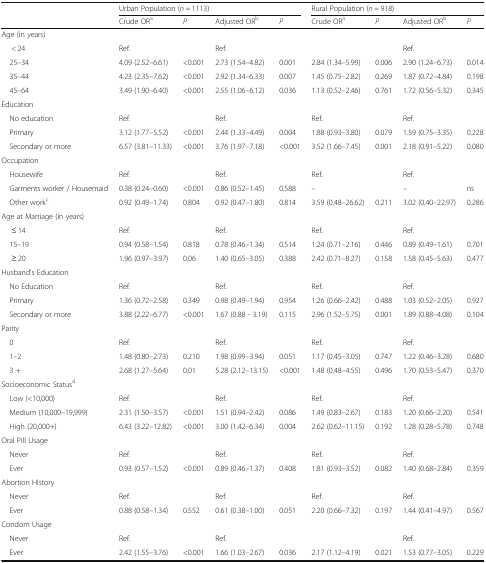
<table><thead><tr><td></td><td colspan="4"><b>Urban Population (<i>n</i> = 1113)</b></td><td colspan="4"><b>Rural Population (<i>n</i> = 918)</b></td></tr><tr><td></td><td><b>Crude OR<sup>a</sup></b></td><td><b><i>P</i></b></td><td><b>Adjusted OR<sup>b</sup></b></td><td><b><i>P</i></b></td><td><b>Crude OR<sup>a</sup></b></td><td><b><i>P</i></b></td><td><b>Adjusted OR<sup>b</sup></b></td><td><b><i>P</i></b></td></tr></thead><tbody><tr><td>Age (in years)</td><td></td><td></td><td></td><td></td><td></td><td></td><td></td><td></td></tr><tr><td>ᅟ &lt; 24</td><td>Ref.</td><td></td><td>Ref.</td><td></td><td></td><td></td><td>Ref.</td><td></td></tr><tr><td>ᅟ25–34</td><td>4.09 (2.52–6.61)</td><td>&lt;0.001</td><td>2.73 (1.54–4.82)</td><td>0.001</td><td>2.84 (1.34–5.99)</td><td>0.006</td><td>2.90 (1.24–6.73)</td><td>0.014</td></tr><tr><td>ᅟ35–44</td><td>4.23 (2.35–7.62)</td><td>&lt;0.001</td><td>2.92 (1.34–6.33)</td><td>0.007</td><td>1.45 (0.75–2.82)</td><td>0.269</td><td>1.87 (0.72–4.84)</td><td>0.198</td></tr><tr><td>ᅟ45–64</td><td>3.49 (1.90–6.40)</td><td>&lt;0.001</td><td>2.55 (1.06–6.12)</td><td>0.036</td><td>1.13 (0.52–2.46)</td><td>0.761</td><td>1.72 (0.56–5.32)</td><td>0.345</td></tr><tr><td>Education</td><td></td><td></td><td></td><td></td><td></td><td></td><td></td><td></td></tr><tr><td>ᅟNo education</td><td>Ref.</td><td></td><td>Ref.</td><td></td><td>Ref.</td><td></td><td>Ref.</td><td></td></tr><tr><td>ᅟPrimary</td><td>3.12 (1.77–5.52)</td><td>&lt;0.001</td><td>2.44 (1.33–4.49)</td><td>0.004</td><td>1.88 (0.93–3.80)</td><td>0.079</td><td>1.59 (0.75–3.35)</td><td>0.228</td></tr><tr><td>ᅟSecondary or more</td><td>6.57 (3.81–11.33)</td><td>&lt;0.001</td><td>3.76 (1.97–7.18)</td><td>&lt;0.001</td><td>3.52 (1.66–7.45)</td><td>0.001</td><td>2.18 (0.91–5.22)</td><td>0.080</td></tr><tr><td>Occupation</td><td></td><td></td><td></td><td></td><td></td><td></td><td></td><td></td></tr><tr><td>ᅟHousewife</td><td>Ref.</td><td></td><td>Ref.</td><td></td><td>Ref.</td><td></td><td>Ref.</td><td></td></tr><tr><td>ᅟGarments worker / Housemaid</td><td>0.38 (0.24–0.60)</td><td>&lt;0.001</td><td>0.86 (0.52–1.45)</td><td>0.588</td><td>–</td><td></td><td>–</td><td>ns</td></tr><tr><td>ᅟOther work<sup>c</sup></td><td>0.92 (0.49–1.74)</td><td>0.804</td><td>0.92 (0.47–1.80)</td><td>0.814</td><td>3.59 (0.48–26.62)</td><td>0.211</td><td>3.02 (0.40–22.97)</td><td>0.286</td></tr><tr><td>Age at Marriage (in years)</td><td></td><td></td><td></td><td></td><td></td><td></td><td></td><td></td></tr><tr><td>ᅟ ≤ 14</td><td>Ref.</td><td></td><td>Ref.</td><td></td><td>Ref.</td><td></td><td>Ref.</td><td></td></tr><tr><td>ᅟ15–19</td><td>0.94 (0.58–1.54)</td><td>0.818</td><td>0.78 (0.46–1.34)</td><td>0.514</td><td>1.24 (0.71–2.16)</td><td>0.446</td><td>0.89 (0.49–1.61)</td><td>0.701</td></tr><tr><td>ᅟ ≥ 20</td><td>1.96 (0.97–3.97)</td><td>0.06</td><td>1.40 (0.65–3.05)</td><td>0.388</td><td>2.42 (0.71–8.27)</td><td>0.158</td><td>1.58 (0.45–5.63)</td><td>0.477</td></tr><tr><td>Husband’s Education</td><td></td><td></td><td></td><td></td><td></td><td></td><td></td><td></td></tr><tr><td>ᅟNo Education</td><td>Ref.</td><td></td><td>Ref.</td><td></td><td>Ref.</td><td></td><td>Ref.</td><td></td></tr><tr><td>ᅟPrimary</td><td>1.36 (0.72–2.58)</td><td>0.349</td><td>0.98 (0.49–1.94)</td><td>0.954</td><td>1.26 (0.66–2.42)</td><td>0.488</td><td>1.03 (0.52–2.05)</td><td>0.927</td></tr><tr><td>ᅟSecondary or more</td><td>3.88 (2.22–6.77)</td><td>&lt;0.001</td><td>1.67 (0.88 - 3.19)</td><td>0.115</td><td>2.96 (1.52–5.75)</td><td>0.001</td><td>1.89 (0.88–4.08)</td><td>0.104</td></tr><tr><td>Parity</td><td></td><td></td><td></td><td></td><td></td><td></td><td></td><td></td></tr><tr><td>ᅟ0</td><td>Ref.</td><td></td><td>Ref.</td><td></td><td>Ref.</td><td></td><td>Ref.</td><td></td></tr><tr><td>ᅟ1–2</td><td>1.48 (0.80–2.73)</td><td>0.210</td><td>1.98 (0.99–3.94)</td><td>0.051</td><td>1.17 (0.45–3.05)</td><td>0.747</td><td>1.22 (0.46–3.28)</td><td>0.680</td></tr><tr><td>ᅟ3 +</td><td>2.68 (1.27–5.64)</td><td>0.01</td><td>5.28 (2.12–13.15)</td><td>&lt;0.001</td><td>1.48 (0.48–4.55)</td><td>0.496</td><td>1.70 (0.53–5.47)</td><td>0.370</td></tr><tr><td>Socioeconomic Status<sup>d</sup></td><td></td><td></td><td></td><td></td><td></td><td></td><td></td><td></td></tr><tr><td>ᅟLow (&lt;10,000)</td><td>Ref.</td><td></td><td>Ref.</td><td></td><td>Ref.</td><td></td><td>Ref.</td><td></td></tr><tr><td>ᅟMedium (10,000–19,999)</td><td>2.31 (1.50–3.57)</td><td>&lt;0.001</td><td>1.51 (0.94–2.42)</td><td>0.086</td><td>1.49 (0.83–2.67)</td><td>0.183</td><td>1.20 (0.66–2.20)</td><td>0.541</td></tr><tr><td>ᅟHigh (20,000+)</td><td>6.43 (3.22–12.82)</td><td>&lt;0.001</td><td>3.00 (1.42–6.34)</td><td>0.004</td><td>2.62 (0.62–11.15)</td><td>0.192</td><td>1.28 (0.28–5.78)</td><td>0.748</td></tr><tr><td>Oral Pill Usage</td><td></td><td></td><td></td><td></td><td></td><td></td><td></td><td></td></tr><tr><td>ᅟNever</td><td>Ref.</td><td></td><td>Ref.</td><td></td><td>Ref.</td><td></td><td>Ref.</td><td></td></tr><tr><td>ᅟEver</td><td>0.93 (0.57–1.52)</td><td>&lt;0.001</td><td>0.89 (0.46–1.37)</td><td>0.408</td><td>1.81 (0.93–3.52)</td><td>0.082</td><td>1.40 (0.68–2.84)</td><td>0.359</td></tr><tr><td>Abortion History</td><td></td><td></td><td></td><td></td><td></td><td></td><td></td><td></td></tr><tr><td>ᅟNever</td><td>Ref.</td><td></td><td>Ref.</td><td></td><td>Ref.</td><td></td><td>Ref.</td><td></td></tr><tr><td>ᅟEver</td><td>0.88 (0.58–1.34)</td><td>0.552</td><td>0.61 (0.38–1.00)</td><td>0.051</td><td>2.20 (0.66–7.32)</td><td>0.197</td><td>1.44 (0.41–4.97)</td><td>0.567</td></tr><tr><td>Condom Usage</td><td></td><td></td><td></td><td></td><td></td><td></td><td></td><td></td></tr><tr><td>ᅟNever</td><td>Ref.</td><td></td><td>Ref.</td><td></td><td></td><td></td><td>Ref.</td><td></td></tr><tr><td>ᅟEver</td><td>2.42 (1.55–3.76)</td><td>&lt;0.001</td><td>1.66 (1.03–2.67)</td><td>0.036</td><td>2.17 (1.12–4.19)</td><td>0.021</td><td>1.53 (0.77–3.05)</td><td>0.229</td></tr></tbody></table>